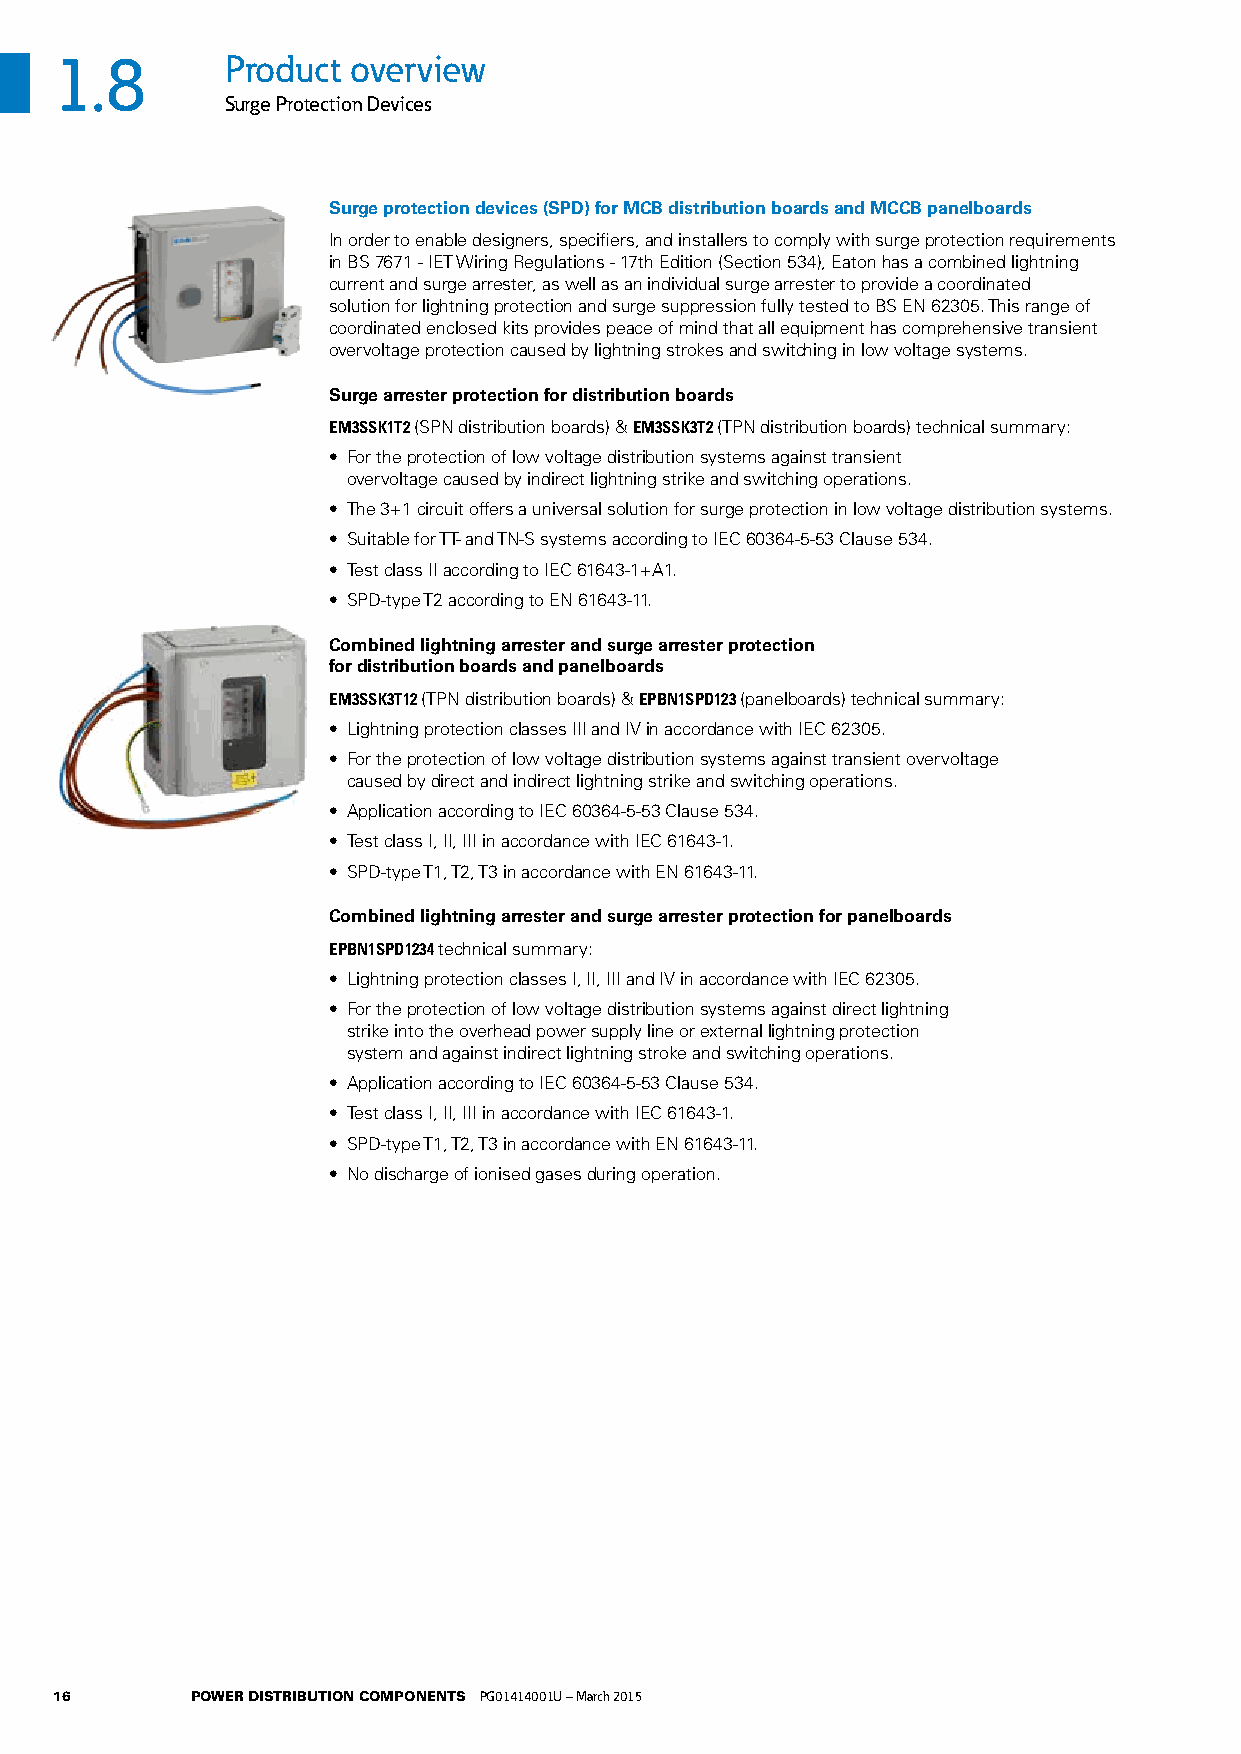
1.8        Product overview
 Surge Protection Devices
 Surge protection devices (SPD) for MCB distribution boards and MCCB panelboards
 In order to enable designers, specifiers, and installers to comply with surge protection requirements
 in BS 7671 - IET Wiring Regulations - 17th Edition (Section 534), Eaton has a combined lightning
 current and surge arrester, as well as an individual surge arrester to provide a coordinated
 solution for lightning protection and surge suppression fully tested to BS EN 62305. This range of
 coordinated enclosed kits provides peace of mind that all equipment has comprehensive transient
 overvoltage protection caused by lightning strokes and switching in low voltage systems.
 Surge arrester protection for distribution boards
 EM3SSK1T2 (SPN distribution boards) & EM3SSK3T2 (TPN distribution boards) technical summary:
 • For the protection of low voltage distribution systems against transient
 overvoltage caused by indirect lightning strike and switching operations.
 • The 3+1 circuit offers a universal solution for surge protection in low voltage distribution systems.
 • Suitable for TT- and TN-S systems according to IEC 60364-5-53 Clause 534.
 • Test class II according to IEC 61643-1+A1.
 • SPD-type T2 according to EN 61643-11.
 Combined lightning arrester and surge arrester protection
 for distribution boards and panelboards
 EM3SSK3T12 (TPN distribution boards) & EPBN1SPD123 (panelboards) technical summary:
 • Lightning protection classes III and IV in accordance with IEC 62305.
 • For the protection of low voltage distribution systems against transient overvoltage
 caused by direct and indirect lightning strike and switching operations.
 • Application according to IEC 60364-5-53 Clause 534.
 • Test class I, II, III in accordance with IEC 61643-1.
 • SPD-type T1, T2, T3 in accordance with EN 61643-11.
 Combined lightning arrester and surge arrester protection for panelboards
 EPBN1SPD1234 technical summary:
 • Lightning protection classes I, II, III and IV in accordance with IEC 62305.
 • For the protection of low voltage distribution systems against direct lightning
 strike into the overhead power supply line or external lightning protection
 system and against indirect lightning stroke and switching operations.
 • Application according to IEC 60364-5-53 Clause 534.
 • Test class I, II, III in accordance with IEC 61643-1.
 • SPD-type T1, T2, T3 in accordance with EN 61643-11.
 • No discharge of ionised gases during operation.
 16       POWER DISTRIBUTION COMPONENTS PG01414001U – March 2015